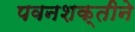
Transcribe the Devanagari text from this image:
पवनशक्तीने